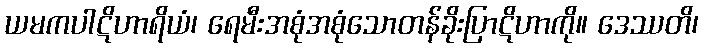
ယမကပါဋိဟာရိယံ၊ ရေမီးအစုံအစုံသောတန်ခိုးပြာဋိဟာကို။ ဒေဿတိ၊